Annual report on the lock hospitals of the Madras Presidency
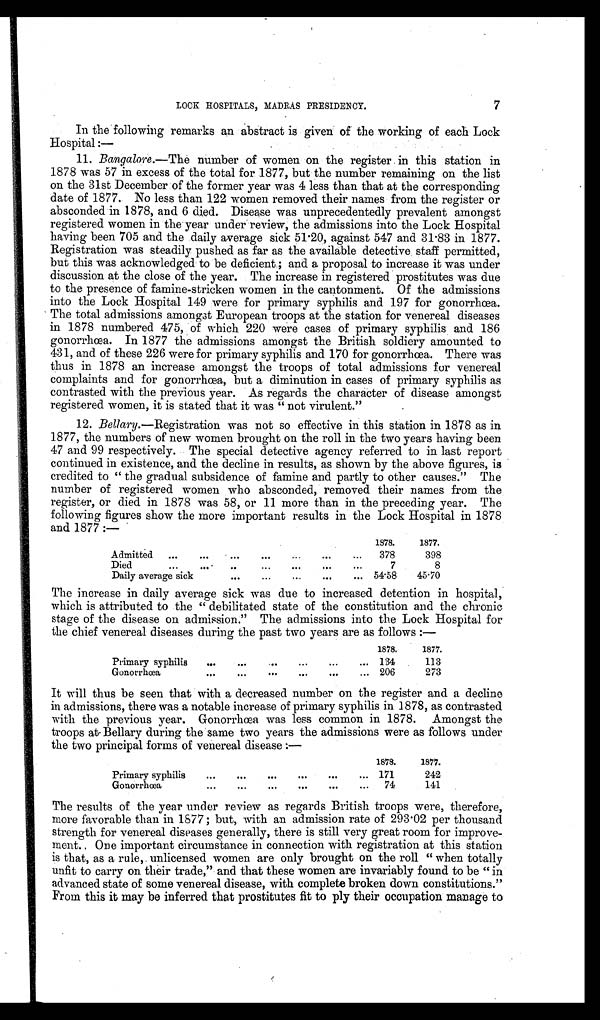
7
LOCK HOSPITALS, MADRAS PRESIDENCY.
In the following remarks an abstract is given of the working of each Lock
Hospital :—
11. Bangalore.—The number of women on the register in this station in
1878 was 57 in excess of the total for 1877, but the number remaining on the list
on the 31st December of the former year was 4 less than that at the corresponding
date of 1877. No less than 122 women removed their names from the register or
absconded in 1878, and 6 died. Disease was unprecedentedly prevalent amongst
registered women in the year under review, the admissions into the Lock Hospital
having been 705 and the daily average sick 51.20, against 547 and 31.83 in 1877.
Registration was steadily pushed as far as the available detective, staff permitted,
but this was acknowledged to be deficient; and a proposal to increase it was under
discussion at the close of the year. The increase in registered prostitutes was due
to the presence of famine-stricken women in the cantonment. Of the admissions
into the Lock Hospital 149 were for primary syphilis and 197 for gonorrhœa.
The total admissions amongat European troops at the station for venereal diseases
in 1878 numbered 475, of which 220 were cases of primary syphilis and 186
gonorrhœa. In 1877 the admissions amongst the British soldiery amounted to
431, and of these 226 were for primary syphilis and 170 for gonorrhœa. There was
thus in 1878 an increase amongst the troops of total admissions for venereal
complaints and for gonorrhœa, but a diminution in cases of primary syphilis as
contrasted with the previous year. As regards the character of disease amongst
registered women, it is stated that it was "not virulent."
12. Bellary.—Registration was not so effective in this station in 1878 as in
1877, the numbers of new women brought on the roll in the two years having been
47 and 99 respectively. The special detective agency referred to in last report
continued in existence, and the decline in results, as shown by the above figures, is
credited to "the gradual subsidence of famine and partly to other causes." The
number of registered women who absconded, removed their names from the
register, or died in 1878 was 58, or 11 more than in the preceding year. The
following figures show the more important results in the Lock Hospital in 1878
and 1877 :—
1878.
1877.
Admitted ...
...
...
...
... ...
...
378
398
Died
...
.. ...
...
... ... ...
7
8
Daily average sick
...
...
...
...
...
54.58 45.70
The increase in daily average sick was due to increased detention in hospital,
which is attributed to the " debilitated state of the constitution and the chronic
stage of the disease on admission." The admissions into the Lock Hospital for
the chief venereal diseases during the past two years are as follows :—
1878.
1877.
Primary syphilis ...
...
. . .
. . .
. . .
... 134
113
Gonorrhœa
...
...
...
...
. . .
... 206
273
It will thus be seen that with a decreased number on the register and a decline
in admissions, there was a notable increase of primary syphilis in 1878, as contrasted
with the previous year. Gonorrhœa was less common in 1878. Amongst the
troops at Bellary during the same two years the admissions were as follows under
the two principal forms of venereal disease :—
1878.
1877.
Primary syphilis ...
...
...
...
. . .
... 171
242
Gonorrhœa
...
...
...
. . .
... . . .
74
141
The results of the year under review as regards British troops were, therefore,
more favorable than in 1877; but, with an admission rate of 293.02 per thousand
strength for venereal diseases generally, there is still very great room for improve
ment. One important circumstance in connection with registration at this station
is that, as a rule, unlicensed women are only brought on the roll "when totally
unfit to carry on their trade," and that these women are invariably found to be "in
advanced state of some venereal disease, with complete broken down constitutions."
From this it may be inferred that prostitutes fit to ply their occupation manage to